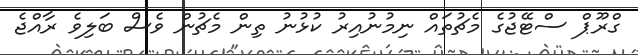
ގްރޫޕް ސްޓޭޖުގެ މެޗުތައް ނިމުނުއިރު ކުޅުނު ތިން މެޗުން ވެސް ބަލިވެ ރާއްޖެ